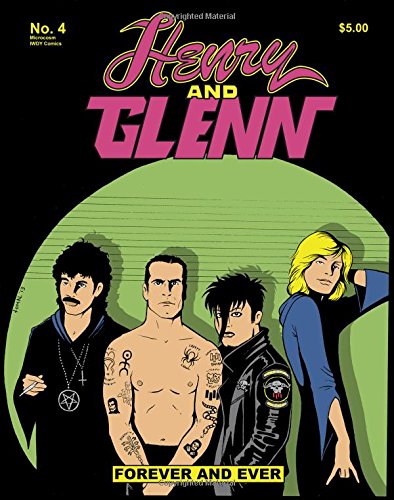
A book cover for Henry and Glenn Forever and Ever, No. 4; Tom Neely; Comics & Graphic Novels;